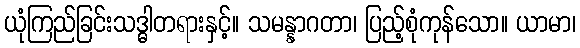
ယုံကြည်ခြင်းသဒ္ဓါတရားနှင့်။ သမန္နာဂတာ၊ ပြည့်စုံကုန်သော။ ယာမာ၊